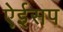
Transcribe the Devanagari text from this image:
ऐईसप